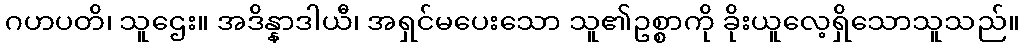
ဂဟပတိ၊ သူဌေး။ အဒိန္နာဒါယီ၊ အရှင်မပေးသော သူ၏ဥစ္စာကို ခိုးယူလေ့ရှိသောသူသည်။